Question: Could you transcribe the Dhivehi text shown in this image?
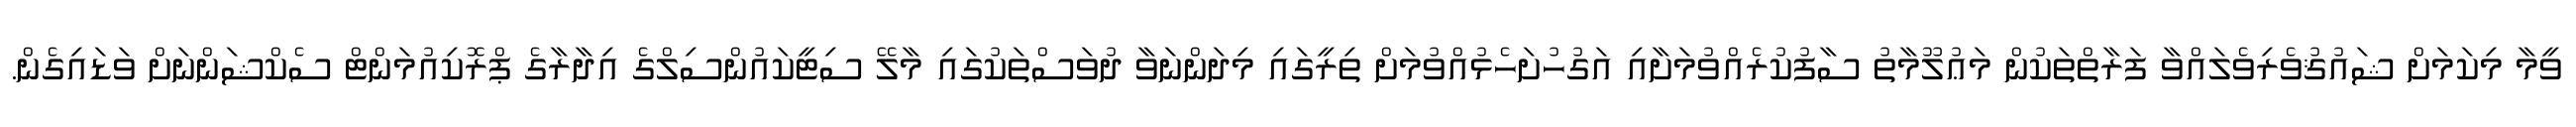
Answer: ވީމާ މިކަމަށް ޝައުޤުވެރިވެލައްވާ ފަރާތްތަކުން މަޢުލޫމާތު ސާފުކުރެއްވުމަށާއި އަގުހުށަހެޅުއްވުމަށް ތިރީގައި މިދަންނަވާ ދުވަސްތަކުގައި މާލޭ ސިޓީކައުންސިލްގެ އިދާރާގެ ޕްރޮކިއުމަންޓް ސެކްޝަންނަށް ވަޑައިގެން.